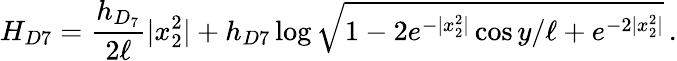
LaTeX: H_{D7}=\frac{h_{D_{7}}}{2\ell}|x_{2}^{2}|+h_{D7}\log{\sqrt{1-2e^{-|x_{2}^{2}|}\cos{y/\ell}+e^{-2|x_{2}^{2}|}}}\, .